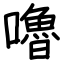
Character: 嚕